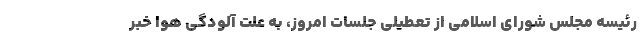
رئیسه مجلس شورای اسلامی از تعطیلی جلسات امروز، به علت آلودگی هوا خبر